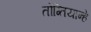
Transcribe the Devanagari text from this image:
तोंग्तियान्हे